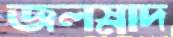
জলস্নাদ